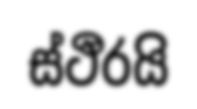
ස්ථීරයි